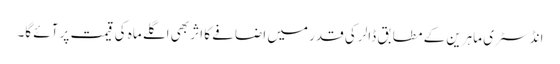
انڈسٹری ماہرین کے مطابق ڈالر کی قدر میں اضافے کا اثر بھی اگلے ماہ کی قیمت پر آئے گا۔